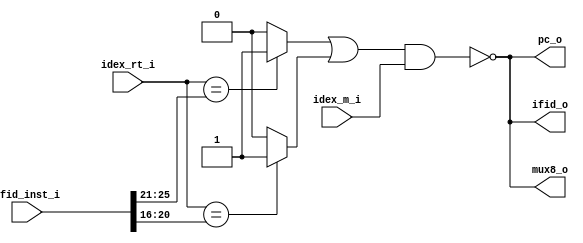
module HD
(
   ifid_inst_i,
	 idex_rt_i,
	 idex_m_i,
	 ifid_o,
	 mux8_o,
	 pc_o
);

input [31:0] ifid_inst_i;
input [4:0]  idex_rt_i;
input        idex_m_i;
output       ifid_o;
output       mux8_o;
output       pc_o;

reg out[2:0];
assign ifid_o = out[2];
assign mux8_o = out[1];
assign pc_o   = out[0];


wire RS,RT,HD;

assign RS = ( idex_rt_i == ifid_inst_i[25:21] )? 1:0; // [25:21] is RS
assign RT = ( idex_rt_i == ifid_inst_i[20:16] )? 1:0;
assign HD = !(( RS|RT )&idex_m_i);

always@(*)begin
  out[2] <= HD;
  out[1] <= HD;
  out[0] <= HD;
end

endmodule